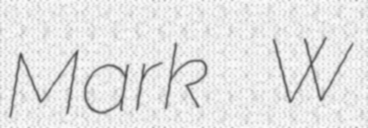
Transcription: Mark W